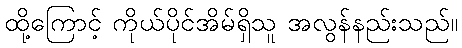
ထို့ကြောင့် ကိုယ်ပိုင်အိမ်ရှိသူ အလွန်နည်းသည်။